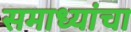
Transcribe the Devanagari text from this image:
समाध्यांचा